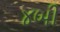
૪બી